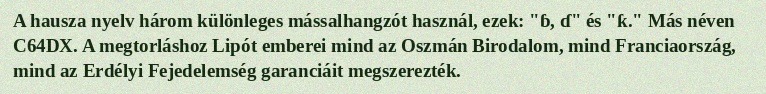
A hausza nyelv három különleges mássalhangzót használ, ezek: "ɓ, ɗ" és "ƙ." Más néven C64DX. A megtorláshoz Lipót emberei mind az Oszmán Birodalom, mind Franciaország, mind az Erdélyi Fejedelemség garanciáit megszerezték.